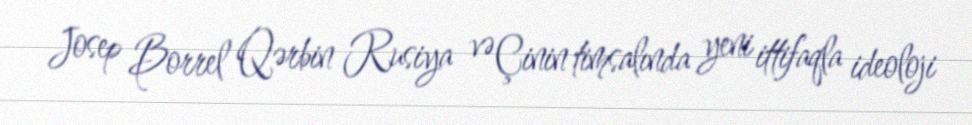
Josep Borrel Qərbin Rusiya və Çinin timsalında yeni ittifaqla ideoloji